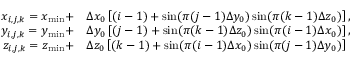
\begin{array} { r l } { x _ { i , j , k } = x _ { \operatorname* { m i n } } + } & { { } \Delta x _ { 0 } \left[ ( i - 1 ) + \sin ( \pi ( j - 1 ) \Delta y _ { 0 } ) \sin ( \pi ( k - 1 ) \Delta z _ { 0 } ) \right] , } \\ { y _ { i , j , k } = y _ { \operatorname* { m i n } } + } & { { } \Delta y _ { 0 } \left[ ( j - 1 ) + \sin ( \pi ( k - 1 ) \Delta z _ { 0 } ) \sin ( \pi ( i - 1 ) \Delta x _ { 0 } ) \right] , } \\ { z _ { i , j , k } = z _ { \operatorname* { m i n } } + } & { { } \Delta z _ { 0 } \left[ ( k - 1 ) + \sin ( \pi ( i - 1 ) \Delta x _ { 0 } ) \sin ( \pi ( j - 1 ) \Delta y _ { 0 } ) \right] } \end{array}